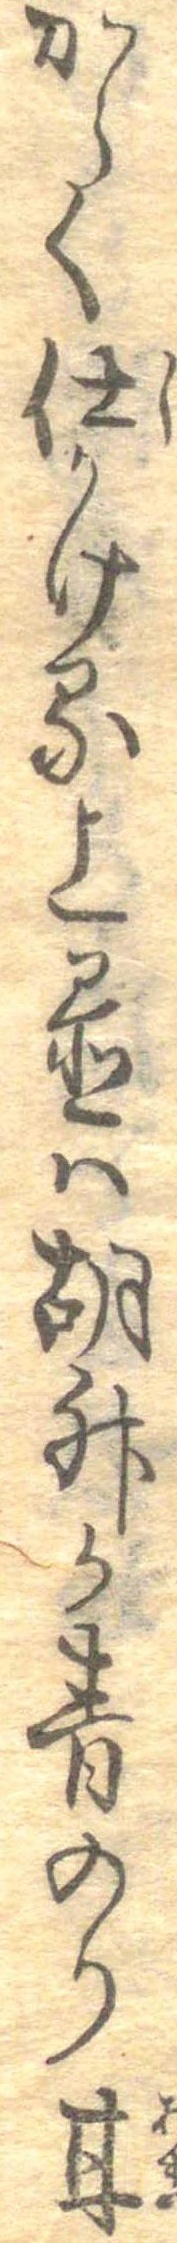
からく仕かける上置は胡椒か青のり甘